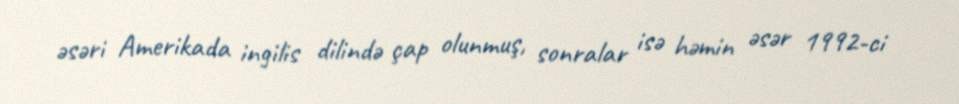
əsəri Amerikada ingilis dilində çap olunmuş, sonralar isə həmin əsər 1992-ci